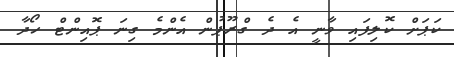
ކަޕަށް ކޮލިފައި ވާނީ އެ ދެ ގްރޫޕުން އެންމެ ގިނަ ޕޮއިންޓް ހޯދާ